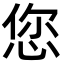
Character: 您